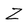
Character: Z